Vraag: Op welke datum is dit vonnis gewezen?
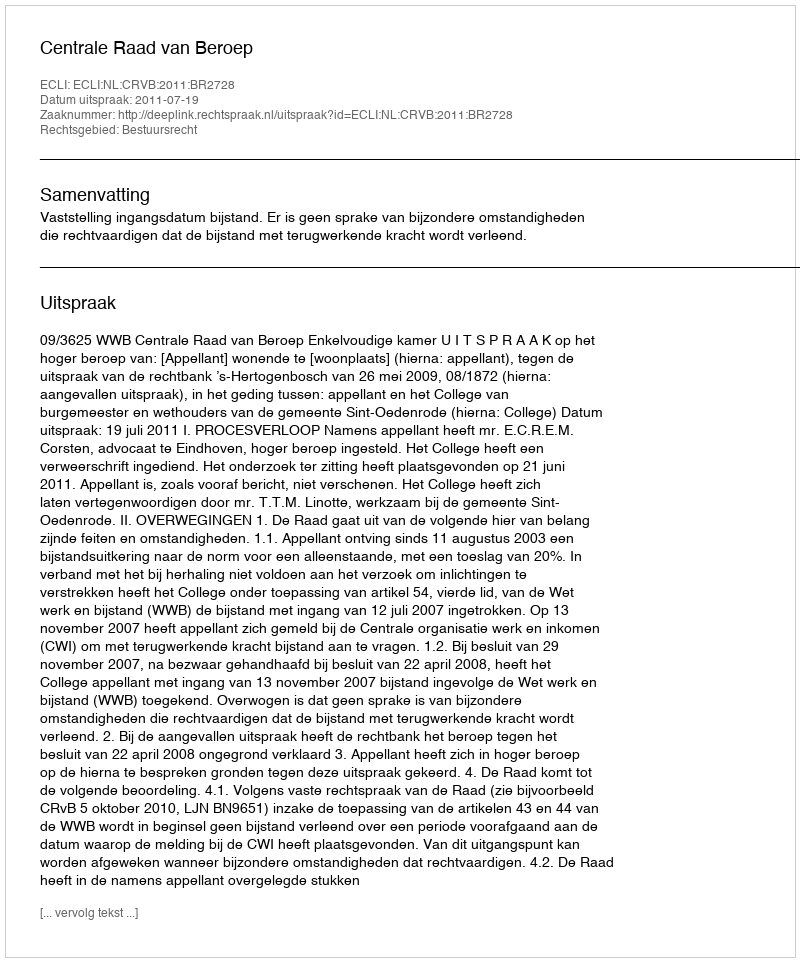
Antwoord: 2011-07-19